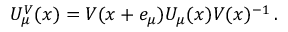
U _ { \mu } ^ { V } ( x ) = V ( x + e _ { \mu } ) U _ { \mu } ( x ) V ( x ) ^ { - 1 } \, .